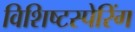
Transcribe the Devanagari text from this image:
विशिष्टस्पेरिंग